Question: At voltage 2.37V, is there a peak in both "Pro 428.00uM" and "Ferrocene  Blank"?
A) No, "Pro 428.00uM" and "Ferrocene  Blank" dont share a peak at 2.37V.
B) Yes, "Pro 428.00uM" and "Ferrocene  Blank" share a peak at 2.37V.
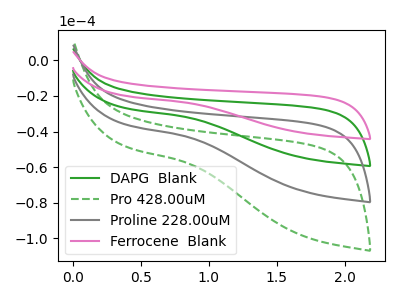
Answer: <think>The green curve "DAPG  Blank" has no peaks. The green dashed curve "Pro 428.00uM" has no peaks. The gray curve "Proline 228.00uM" has no peaks. The pink curve "Ferrocene  Blank" has no peaks.</think>
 <answer>A) No, "Pro 428.00uM" and "Ferrocene  Blank" dont share a peak at 2.37V.</answer>
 <eval>A</eval>